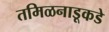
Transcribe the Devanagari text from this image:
तमिळनाडूकडे